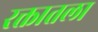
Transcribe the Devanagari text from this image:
रक्तातला